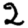
Digit: 2